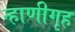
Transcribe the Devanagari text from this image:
न्हाणीगृह